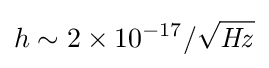
h\sim {2\times 10^{-17}/{\sqrt {\mathit {Hz}}}}